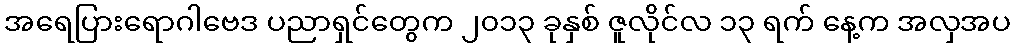
အရေပြားရောဂါဗေဒ ပညာရှင်တွေက ၂၀၁၃ ခုနှစ် ဇူလိုင်လ ၁၃ ရက် နေ့က အလှအပ